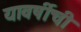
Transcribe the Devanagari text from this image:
यावर्षीची